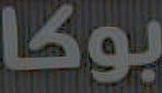
بوكا